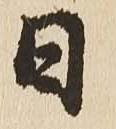
日